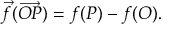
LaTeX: { \overrightarrow { f } } ( { \overrightarrow { O P } } ) = f ( P ) - f ( O ) .